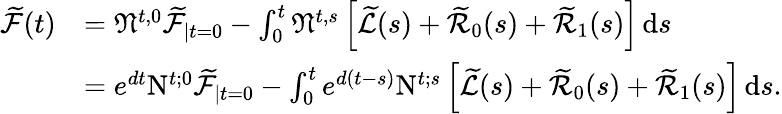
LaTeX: \begin{array}{rl}{\widetilde{\mathcal{F}}(t)}&{=\mathfrak{N}^{t,0}\widetilde{\mathcal{F}}_{\mid t=0}-\int_{0}^{t}\mathfrak{N}^{t,s}\left[\widetilde{\mathcal{L}}(s)+\widetilde{\mathcal{R}}_{0}(s)+\widetilde{\mathcal{R}}_{1}(s)\right]\, \mathrm{d}s}\\ &{=e^{dt}\mathrm{N}^{t;0}\widetilde{\mathcal{F}}_{\mid t=0}-\int_{0}^{t}e^{d(t-s)}\mathrm{N}^{t;s}\left[\widetilde{\mathcal{L}}(s)+\widetilde{\mathcal{R}}_{0}(s)+\widetilde{\mathcal{R}}_{1}(s)\right]\, \mathrm{d}s.}\end{array}